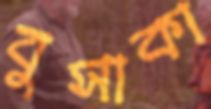
বুসাকা